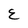
Character: E